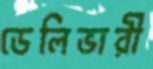
ডেলিভারী